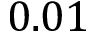
0 . 0 1